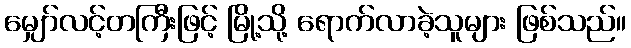
မျှော်လင့်တကြီးဖြင့် မြို့သို့ ရောက်လာခဲ့သူများ ဖြစ်သည်။